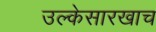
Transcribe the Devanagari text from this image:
उल्केसारखाच